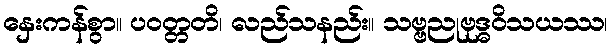
နှေးကန်စွာ။ ပဝတ္တတိ၊ လည်သနည်း။ သဗ္ဗညုဗုဒ္ဓဝိသယဿ၊